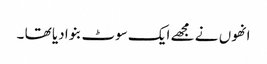
انھوں نے مجھے ایک سوٹ بنوا دیا تھا ۔